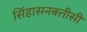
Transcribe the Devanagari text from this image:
सिंहासनबत्तीसी